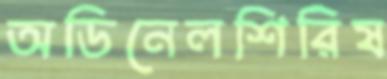
অডিনেলশিরিষ